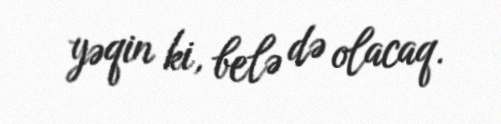
yəqin ki, belə də olacaq.